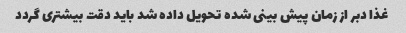
غذا دبر از زمان پیش بینی شده تحویل داده شد باید دقت بیشتری گردد